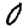
Digit: 0